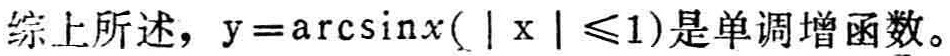
综上所述，\(y = \arcsin x(|x|\leq1)\)是单调增函数。